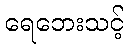
ရေဘေးသင့်